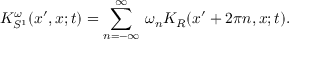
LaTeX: K _ { S ^ { 1 } } ^ { \omega } ( x ^ { \prime } , x ; t ) = \sum _ { n = - \infty } ^ { \infty } \, \omega _ { n } K _ { R } ( x ^ { \prime } + 2 \pi n , x ; t ) .